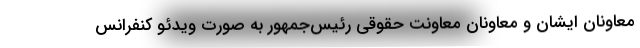
معاونان ایشان و معاونان معاونت حقوقی رئیس‌جمهور به صورت ویدئو کنفرانس